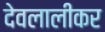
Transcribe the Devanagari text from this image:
देवलालीकर